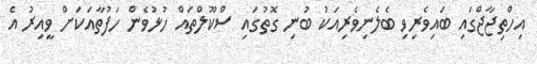
އިހްތިޖާޖްގައި ބައިވެރިވި ބެލެނިވެރިއަކު ބުނި ގޮތުގައި ސްކޫލްތައް ހުޅުވެން ހަފުތާއަކަށް ވީއިރު އެ